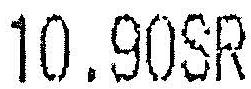
10.90SR